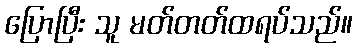
ပြောပြီး သူ မတ်တတ်ထရပ်သည်။